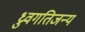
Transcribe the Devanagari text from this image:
ध्रुवगतिजन्य